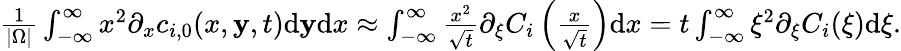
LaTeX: \begin{array}{r}{\frac{1}{|\Omega|}\int_{-\infty}^{\infty}x^{2}\partial_{x}c_{i,0}(x,\mathbf{y},t)\mathrm{d}\mathbf{y}\mathrm{d}x\approx\int_{-\infty}^{\infty}\frac{x^{2}}{\sqrt{t}}\partial_{\xi}C_{i}\left(\frac{x}{\sqrt{t}}\right)\mathrm{d}x=t\int_{-\infty}^{\infty}\xi^{2}\partial_{\xi}C_{i}(\xi)\mathrm{d}\xi.}\end{array}